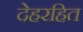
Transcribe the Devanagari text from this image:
देहरहित